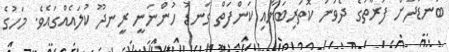
ބަނޑުދަށް ފަރާތުގެ ދެވަނަ ކޮތަރިބަޔާއި ކަންފަތް ގަނޑު ހުންނަނީ ރީނދޫ ކުލައެއްގައެވެ. މަހުގެ